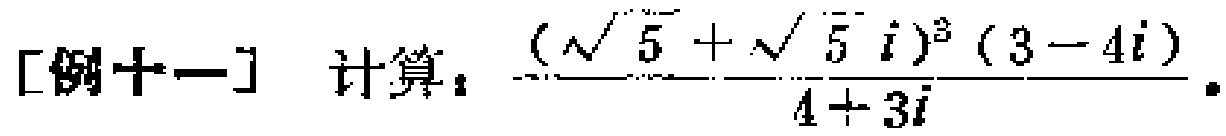
[例十一] 计算：$\frac{(\sqrt{5}+\sqrt{5}i)^{3}(3 - 4i)}{4 + 3i}$。